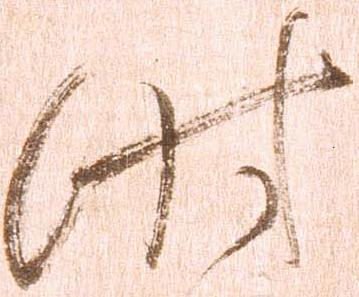
時